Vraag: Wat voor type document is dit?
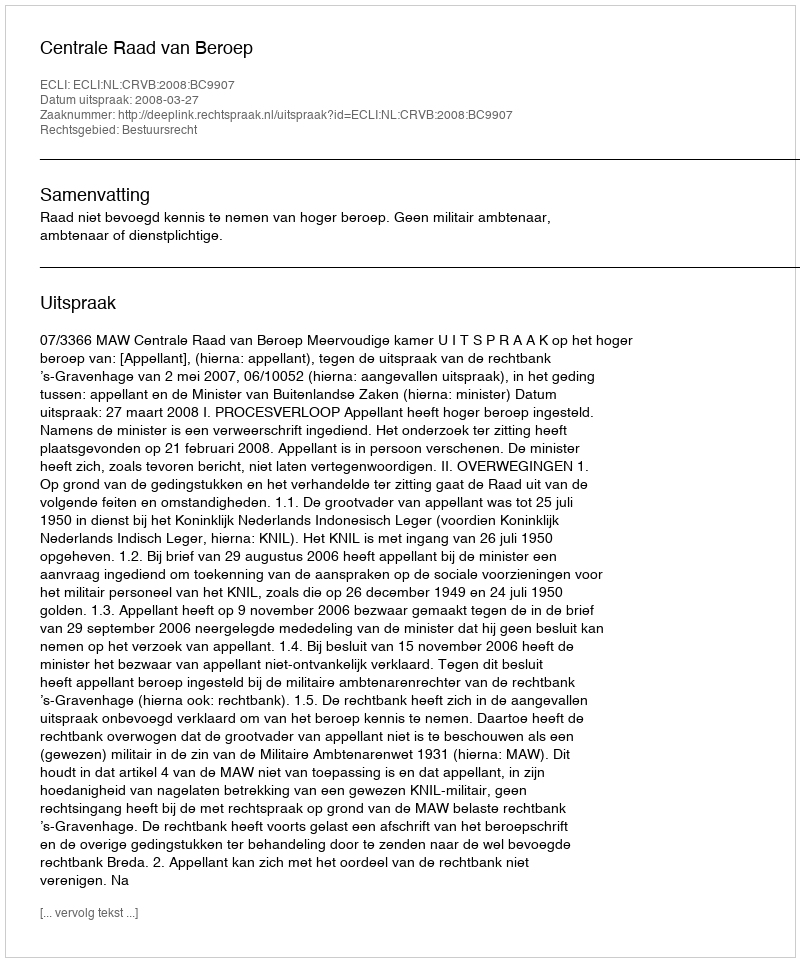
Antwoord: Uitspraak